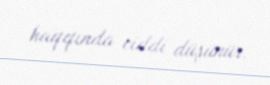
haqqında ciddi düşünür.